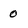
Character: 0